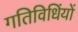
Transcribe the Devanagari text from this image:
गतिविधिंयों